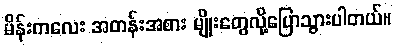
မိန်းကလေး အတန်းအစား မျိုးတွေလို့ပြောသွားပါတယ်။